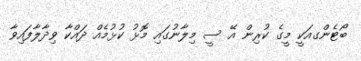
ބޯޓެންގއަކީ މީގެ ކުރިން އޭ ސީ މިލާނުގައި މޮޅު ކުޅުމެއް ދައްކާ ވިދާލާފައިވާ